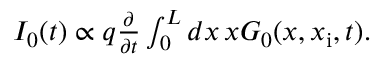
\begin{array} { r } { I _ { 0 } ( t ) \propto q \frac { \partial } { \partial t } \int _ { 0 } ^ { L } d x \, x G _ { 0 } ( x , x _ { \mathrm { i } } , t ) . } \end{array}